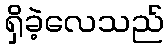
ရှိခဲ့လေသည်